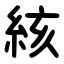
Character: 絯